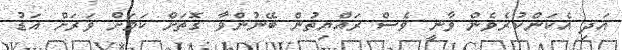
އަދި އެކަންކުރެވެން ވާނީ ވެސް ރައްޔިތުން ބޭނުންވާ ގޮތަށް ކަމަށް ވަރަށް އަޑު